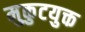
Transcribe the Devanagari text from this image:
मुकुटयुक्त